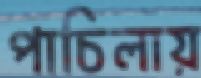
পাচিলায়